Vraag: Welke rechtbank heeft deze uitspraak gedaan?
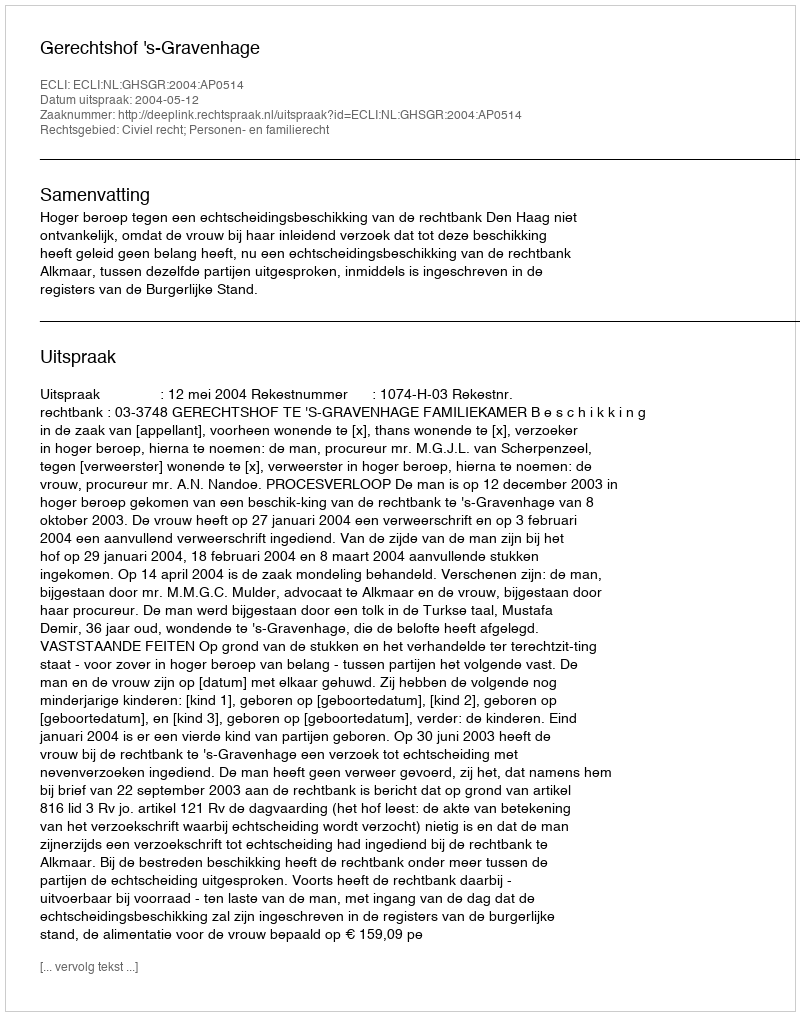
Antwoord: Gerechtshof 's-Gravenhage